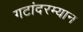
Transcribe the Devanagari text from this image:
गटांदरम्यान